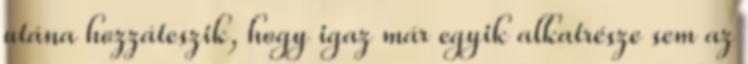
utána hozzáteszik, hogy igaz már egyik alkatrésze sem az